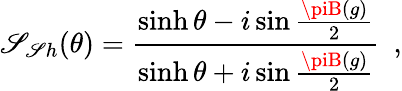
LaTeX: \mathscr{S}_{\mathscr{S}h}(\theta)=\frac{{\sinh\theta-i\sin\frac{{\piB(g)}}{{2}}}}{{\sinh\theta+i\sin\frac{{\piB(g)}}{{2}}}}\, \, \, ,